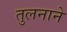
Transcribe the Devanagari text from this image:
तुलनाने